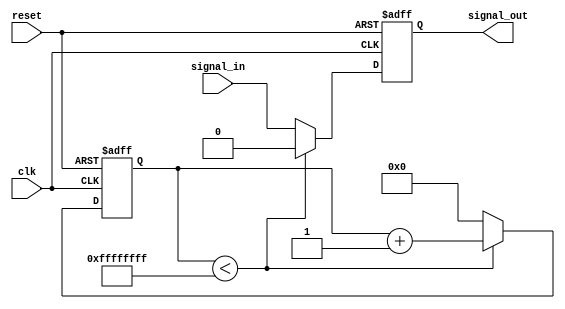
module timing_control_and_synchronization (
    input wire clk,
    input wire reset,
    input wire signal_in,
    output reg signal_out
);

reg [31:0] delay_counter;

always @ (posedge clk or posedge reset) begin
    if (reset) begin
        delay_counter <= 0;
        signal_out <= 0;
    end else begin
        if (delay_counter < 32'b11111111111111111111111111111111) begin
            delay_counter <= delay_counter + 1;
            signal_out <= 0;
        end else begin
            delay_counter <= 0;
            signal_out <= signal_in;
        end
    end
end

endmodule